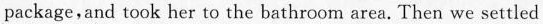
package,and took her to the bathroom area. Then we settled